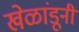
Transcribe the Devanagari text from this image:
खेळांडूनी